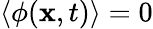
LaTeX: \langle\phi(\mathbf{x},t)\rangle=0